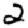
Digit: 2